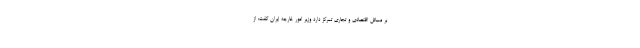
بر مسائل اقتصادی و تجاری تمرکز دارد وزیر امور خارجه ایران گفت: از